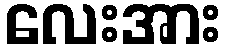
လေးအား